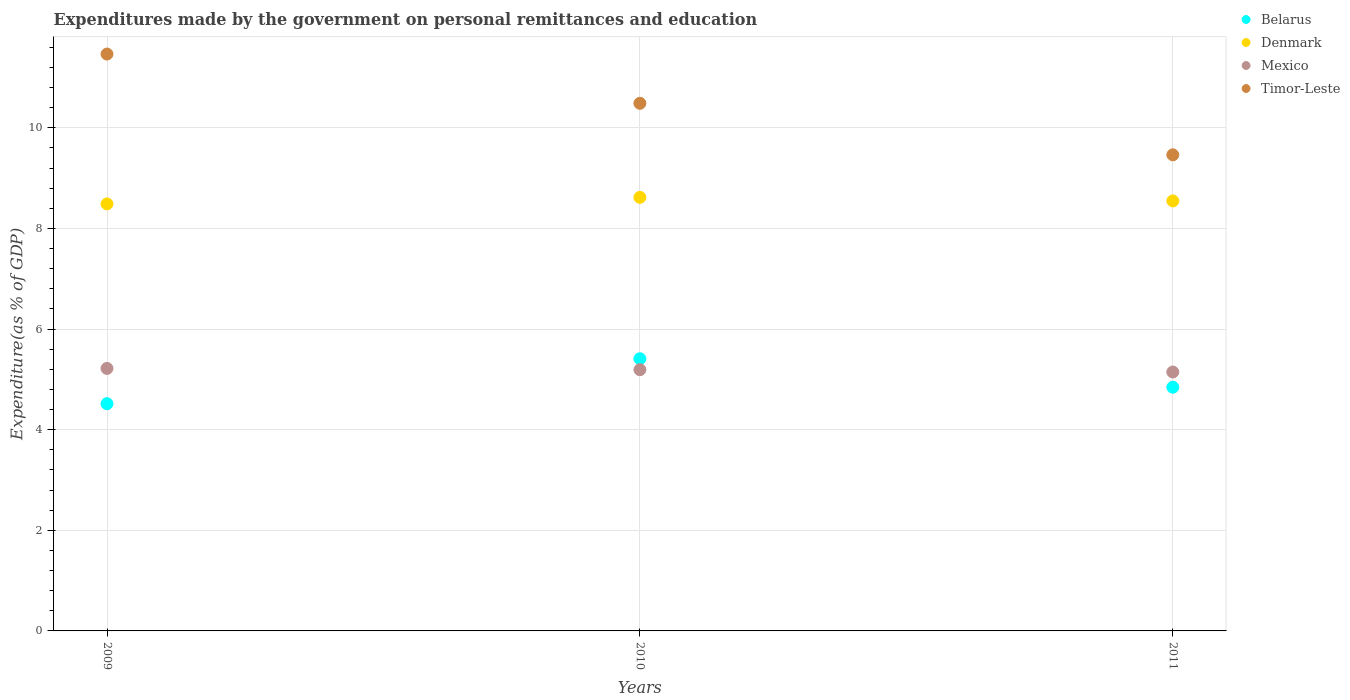
| Years | Belarus | Denmark | Mexico | Timor-Leste |
 | --- | --- | --- | --- | --- |
 | 2009 | 4.52 | 8.49 | 5.22 | 11.5 |
 | 2010 | 5.41 | 8.62 | 5.19 | 10.5 |
 | 2011 | 4.84 | 8.55 | 5.15 | 9.46 |